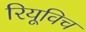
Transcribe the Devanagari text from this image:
रियूविच